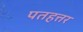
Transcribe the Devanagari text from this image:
पतहत्तर